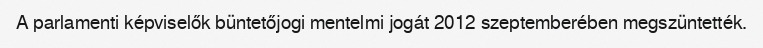
A parlamenti képviselők büntetőjogi mentelmi jogát 2012 szeptemberében megszüntették.